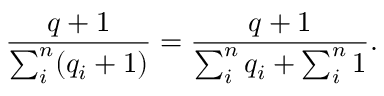
\frac { q + 1 } { \sum _ { i } ^ { n } ( q _ { i } + 1 ) } = \frac { q + 1 } { \sum _ { i } ^ { n } q _ { i } + \sum _ { i } ^ { n } 1 } .